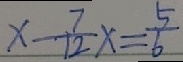
x - \frac { 7 } { 1 2 } x = \frac { 5 } { 6 }